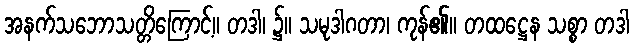
အနက်သဘောသတ္တိကြောင့်။ တဒါ၊ ၌။ သမုဒါဂတာ၊ ကုန်၏။ တထဋ္ဌေန သစ္စာ တဒါ